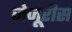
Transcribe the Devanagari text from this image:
जेजूरीस